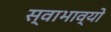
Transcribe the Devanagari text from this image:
स्वाभाव्यो